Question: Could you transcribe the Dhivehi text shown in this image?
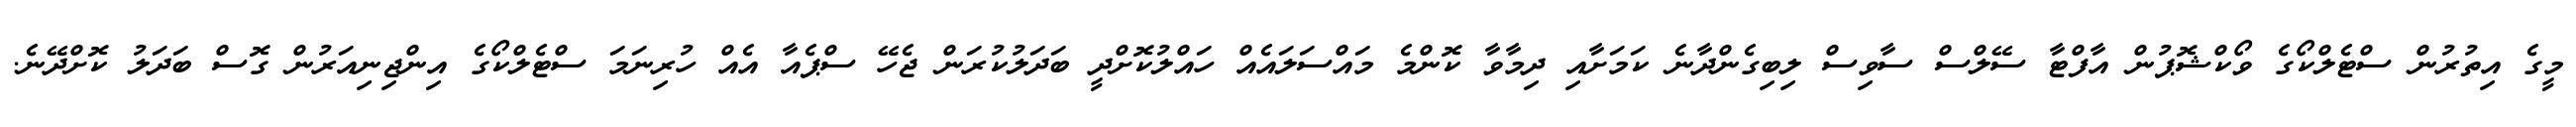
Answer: މީގެ އިތުރުން ސްޓެލްކޯގެ ވޯކްޝޮޕުން އާފްޓާ ސޭލްސް ސާވިސް ލިބިގެންދާނެ ކަމަށާއި ދިމާވާ ކޮންމެ މައްސަލައެއް ހައްލުކޮށްދީ ބަދަލުކުރަން ޖެހޭ ސްޕެއާ އެއް ހުރިނަމަ ސްޓެލްކޯގެ އިންޖިނިއަރުން ގޮސް ބަދަލު ކޮށްދޭނެ.